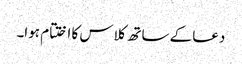
دعا کے ساتھ کلاس کا اختتام ہوا۔